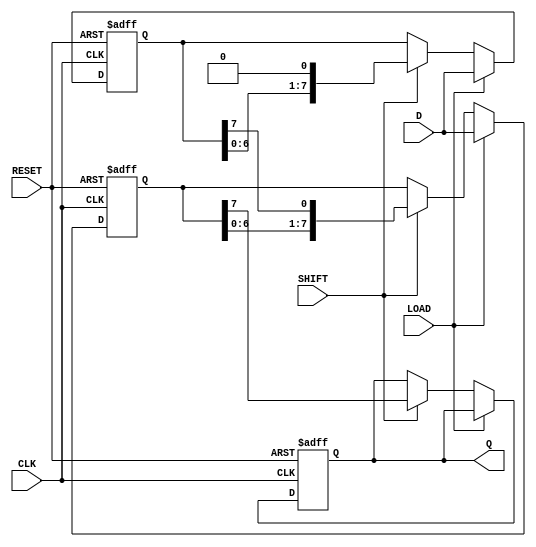
module TwoStagePISO #(
    parameter N = 8  // Number of bits in the register
)(
    input wire [N-1:0] D,    // Parallel data input
    input wire LOAD,          // Load signal
    input wire SHIFT,         // Shift signal
    input wire CLK,           // Clock signal
    input wire RESET,         // Asynchronous reset
    output reg Q              // Serial output
);

    reg [N-1:0] stage1;       // Input stage register
    reg [N-1:0] stage2;       // Output stage register
    integer i;                // Loop variable

    // Asynchronous reset and loading data
    always @(posedge CLK or posedge RESET) begin
        if (RESET) begin
            stage1 <= 0;      // Clear input stage
            stage2 <= 0;      // Clear output stage
            Q <= 0;           // Clear output
        end else if (LOAD) begin
            stage1 <= D;      // Load parallel data into stage1
            stage2 <= D;      // Also load into stage2 for immediate shifting
        end else if (SHIFT) begin
            // Shift data from stage1 to stage2 and output serially
            stage2 <= {stage2[N-2:0], stage1[N-1]}; // Shift left and input from stage1
            Q <= stage2[N-1]; // Output the MSB of stage2
            stage1 <= {stage1[N-2:0], 1'b0}; // Shift left stage1 (optional, can be modified based on requirements)
        end
    end

endmodule